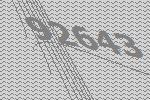
92643